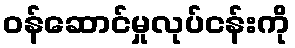
ဝန်ဆောင်မှုလုပ်ငန်းကို